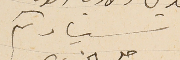
سيادىكم